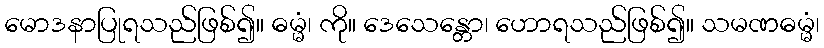
မောဒနာပြုရသည်ဖြစ်၍။ ဓမ္မံ၊ ကို။ ဒေသေန္တော၊ ဟောရသည်ဖြစ်၍။ သမဏဓမ္မံ၊